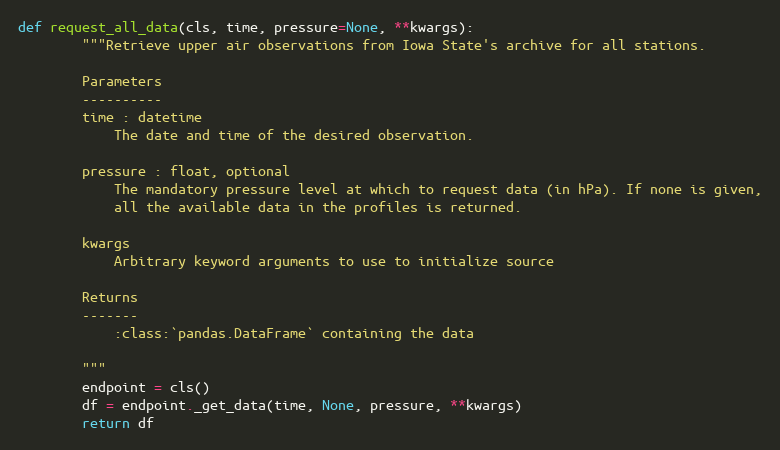
Language: Python
def request_all_data(cls, time, pressure=None, **kwargs):
        """Retrieve upper air observations from Iowa State's archive for all stations.

        Parameters
        ----------
        time : datetime
            The date and time of the desired observation.

        pressure : float, optional
            The mandatory pressure level at which to request data (in hPa). If none is given,
            all the available data in the profiles is returned.

        kwargs
            Arbitrary keyword arguments to use to initialize source

        Returns
        -------
            :class:`pandas.DataFrame` containing the data

        """
        endpoint = cls()
        df = endpoint._get_data(time, None, pressure, **kwargs)
        return df